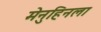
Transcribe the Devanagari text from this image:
मेनुहिनला